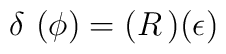
\delta\,\,(\phi)=(R\,)(\epsilon)